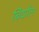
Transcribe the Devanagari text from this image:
बिर्याल